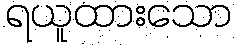
ရယူထားသော